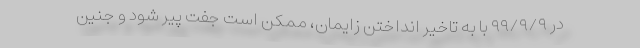
در ۹۹/۹/۹ با به تاخیر انداختن زایمان، ممکن است جفت پیر شود و جنین